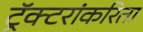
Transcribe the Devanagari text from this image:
ट्रॅक्टरांकरिता